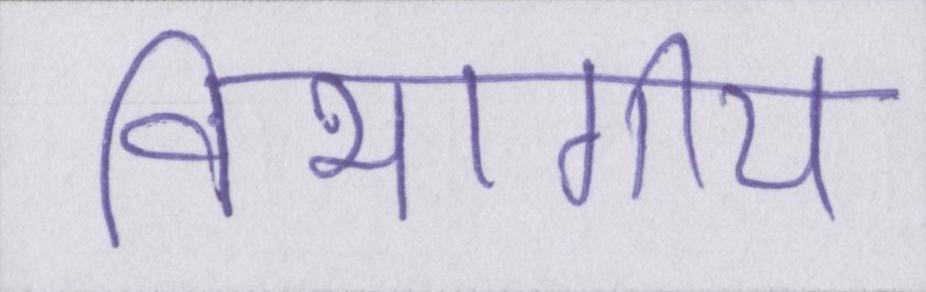
विभागीय